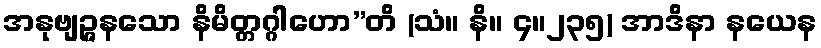
အနုဗျဉ္ဇနသော နိမိတ္တဂ္ဂါဟော”တိ (သံ။ နိ။ ၄။၂၃၅) အာဒိနာ နယေန